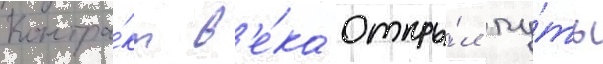
Контра́кт в'е́ка откры́л пу́ть